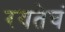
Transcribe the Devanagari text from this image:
रयतेचं